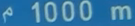
1000m